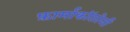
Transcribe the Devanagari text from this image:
फ़ार्माकॉलोजी